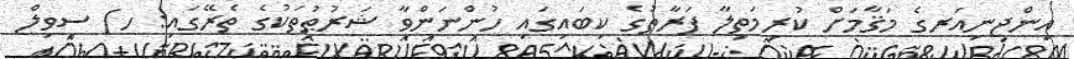
އިންޖިނިއަރގެ މަޤާމަށް ކުރިމަތިލާ ފަރާތުގެ ކިބައިގައި ހުންނަންވާ ޝަރުޠުތަކުގެ ތެރޭގައި: ހ) ސިވިލް